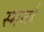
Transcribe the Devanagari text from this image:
स्मर्ना